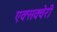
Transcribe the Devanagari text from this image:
एक्सक्वेरी